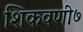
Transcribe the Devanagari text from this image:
शिकवणी७